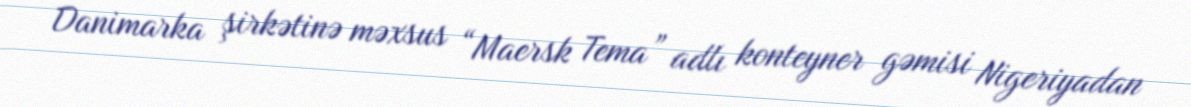
Danimarka şirkətinə məxsus “Maersk Tema” adlı konteyner gəmisi Nigeriyadan